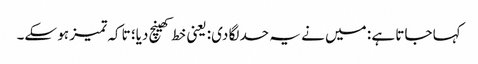
کہا جاتا ہے : میں نے یہ حد لگا دی: یعنی خط کھینچ دیا؛ تاکہ تمیز ہو سکے۔